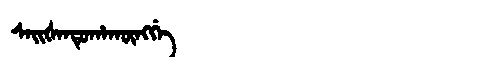
Manchu: ᠰᠠᡳᡧᠠᠨᡩᡠᡥᠠᡴᡡᠩᡤᡝ
Romanization: SAIŠANDUHAKŪNGGE